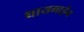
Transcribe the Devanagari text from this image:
थायमाईन